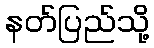
နတ်ပြည်သို့